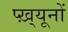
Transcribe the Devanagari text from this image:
प्ख़्यूनों